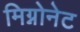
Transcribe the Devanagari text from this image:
मिग्नोनेट